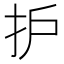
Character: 护